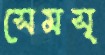
সেমস্